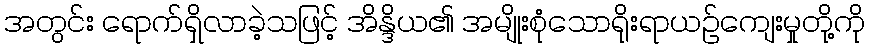
အတွင်း ရောက်ရှိလာခဲ့သဖြင့် အိန္ဒိယ၏ အမျိုးစုံသောရိုးရာယဉ်ကျေးမှုတို့ကို